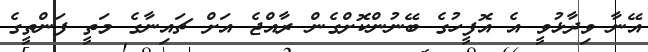
އޭނާ ވިދާޅުވީ އެ އޮފީހުގެ ބޭނުންކޮށްގެން ރާއްޖެ އަށް ޗައިނާގެ މަތީ ފަންތީގެ